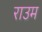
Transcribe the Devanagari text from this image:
राउम